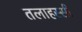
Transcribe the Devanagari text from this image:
तलाहस्सी